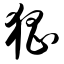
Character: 猖